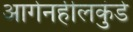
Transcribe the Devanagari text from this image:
आगेनहीलकुंडे